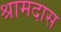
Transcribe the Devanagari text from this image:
श्रामदास